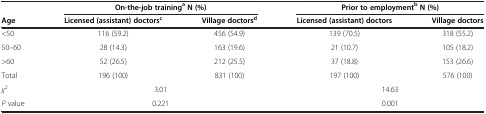
<table><thead><tr><td><b> </b></td><td colspan="2"><b>On-the-job training<sup>a </sup>N (%)</b></td><td colspan="2"><b>Prior to employment<sup>b </sup>N (%)</b></td></tr><tr><td><b>Age</b></td><td><b>Licensed (assistant) doctors<sup>c</sup></b></td><td><b>Village doctors<sup>d</sup></b></td><td><b>Licensed (assistant) doctors</b></td><td><b>Village doctors</b></td></tr></thead><tbody><tr><td>&lt;50</td><td>116 (59.2)</td><td>456 (54.9)</td><td>139 (70.5)</td><td>318 (55.2)</td></tr><tr><td>50–60</td><td>28 (14.3)</td><td>163 (19.6)</td><td>21 (10.7)</td><td>105 (18.2)</td></tr><tr><td>&gt;60</td><td>52 (26.5)</td><td>212 (25.5)</td><td>37 (18.8)</td><td>153 (26.6)</td></tr><tr><td>Total</td><td>196 (100)</td><td>831 (100)</td><td>197 (100)</td><td>576 (100)</td></tr><tr><td><i>χ</i><sup>2</sup></td><td colspan="2">3.01</td><td colspan="2">14.63</td></tr><tr><td><i>P</i> value</td><td colspan="2">0.221</td><td colspan="2">0.001</td></tr></tbody></table>